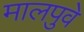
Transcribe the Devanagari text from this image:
मालपुवे